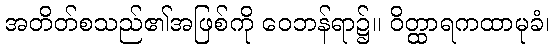
အတိတ်စသည်၏အဖြစ်ကို ဝေဘန်ရာ၌။ ဝိတ္ထာရကထာမုခံ၊